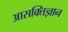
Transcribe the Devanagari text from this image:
आसक्तिज्ञान